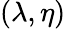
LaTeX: (\lambda,\eta)